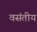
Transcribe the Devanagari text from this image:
वसंतीय